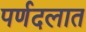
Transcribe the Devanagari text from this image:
पर्णदलात